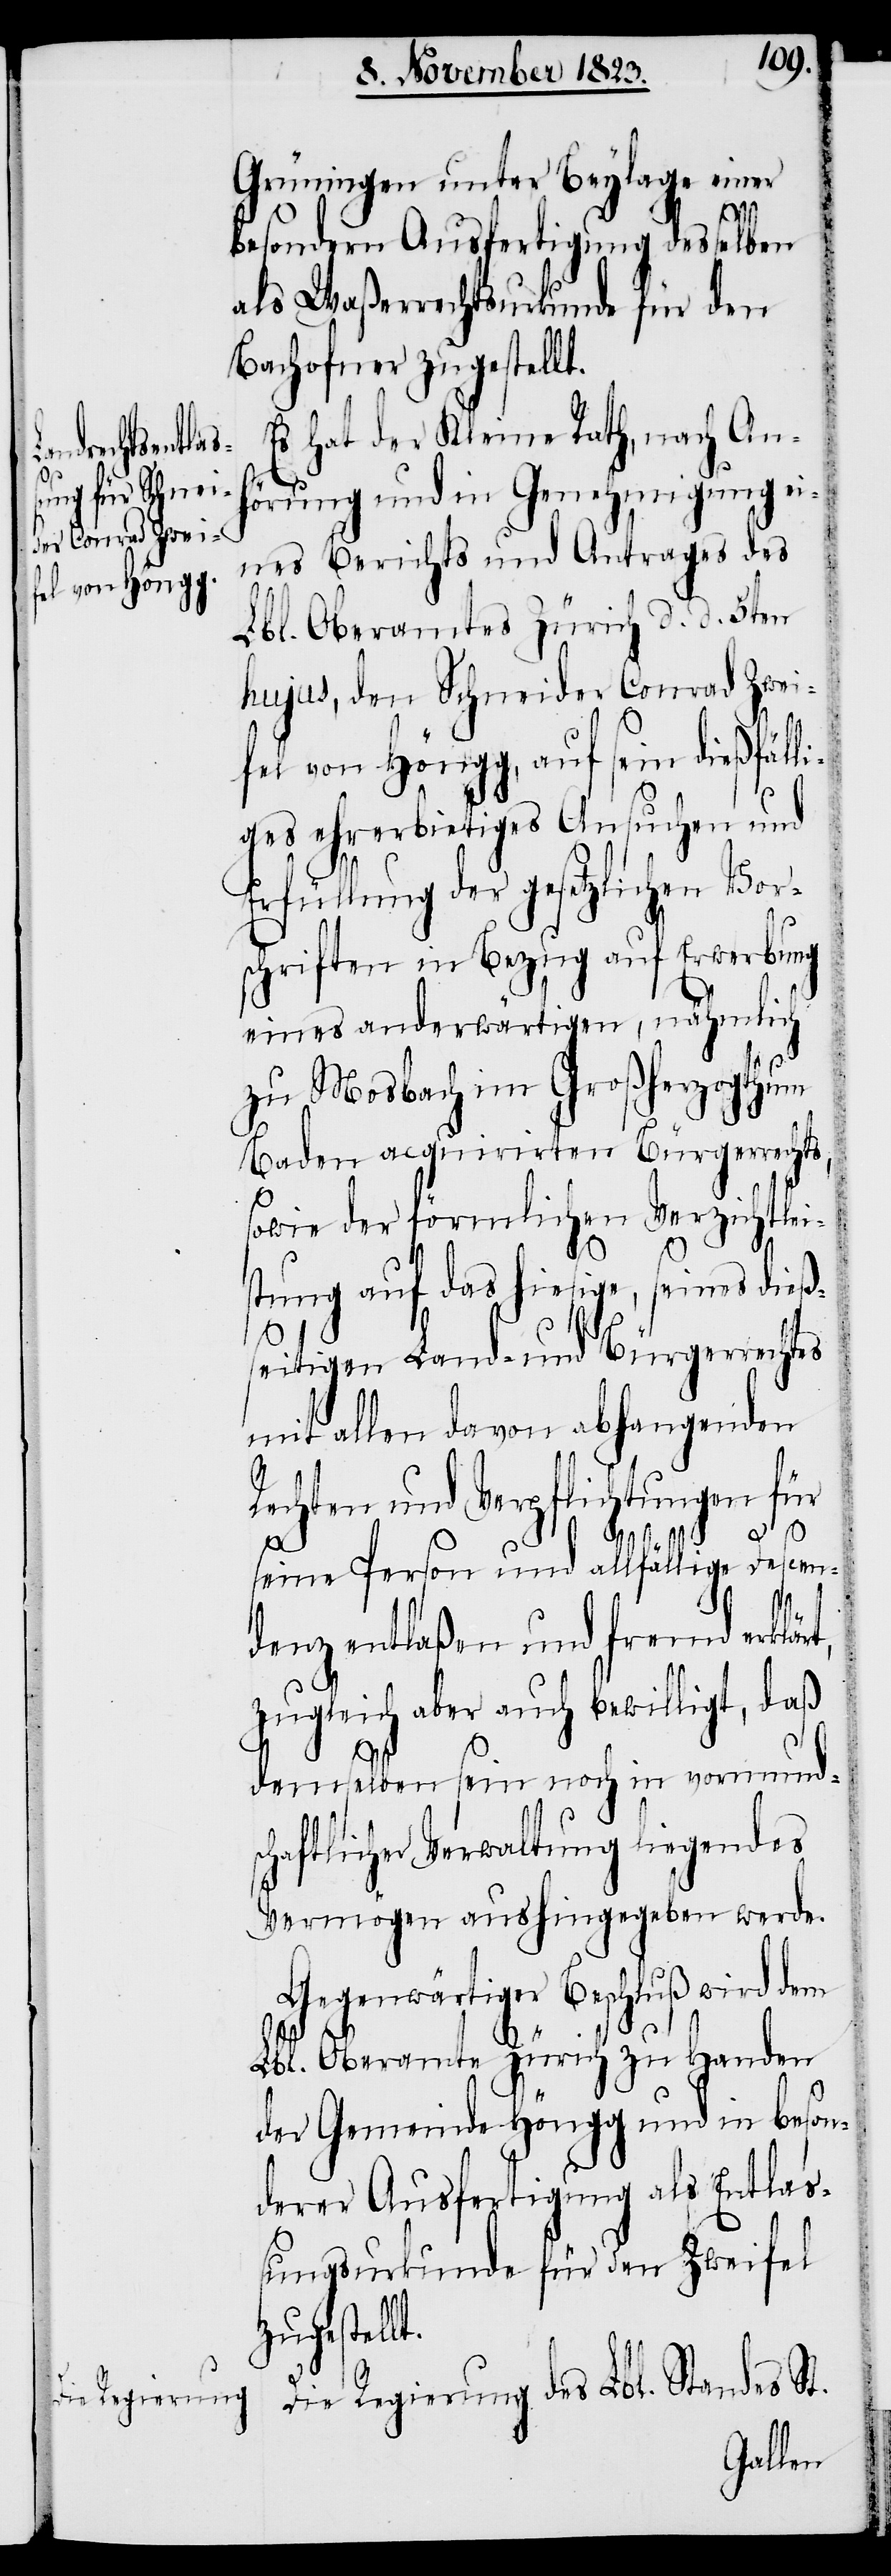
Grüningen unter Beylage einer
besondern Ausfertigung desselben
als Waßerrechtsurkunde für den
Bachofner zugestellt.
Es hat der Kleine Rath, nach An¬
hörung und in Genehmigung ei¬
nes Berichts und Antrages des
Lbl. Oberamtes Zürich d. d. 5ten
hujus, den Schneider Conrad Zwei¬
fel von Höngg, auf sein dießfälli¬
ges ehrerbietiges Ansuchen und
Erfüllung der gesetzlichen Vor¬
schriften in Bezug auf Erwerbung
eines anderwärtigen, nähmlich
zu Mosbach im Großherzogthum
Baden acquirirten Bürgerrechts,
sowie der förmlichen Verzichtlei¬
stung auf das hiesige, seines dieß¬
lt.
seitigen Land- und Bürgerrechtes
mit allen davon abhangenden
Rechten und Verpflichtungen für
seine Person und allfällige Descen¬
denz entlaßen und fremd erklä¬
zugleich aber auch bewilligt, daß
demselben sein noch in vormunds¬
chaftlicher Verwaltung liegendes
Vermögen aushingegeben werde.
Gegenwärtiger Beschluß wird dem
Lbl. Oberamte Zürich zu Handen
der Gemeinde Höngg und in beson¬
derer Ausfertigung als Entlaß¬
ungsurkunde für den Zweifel
zugestel¬
Die Regierung des Lbl. Standes St.